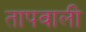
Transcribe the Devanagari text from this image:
तापवाली